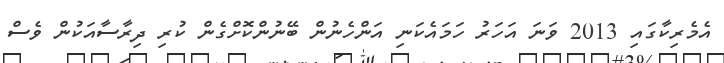
އެމެރިކާގައި 2013 ވަނަ އަހަރު ހަމައެކަނި އަންހެނުން ބޭނުންކޮށްގެން ކުރި ދިރާސާއަކުން ވެސް